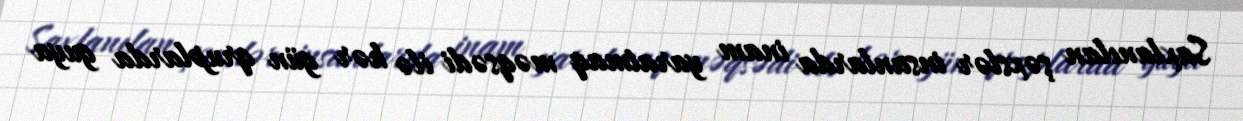
Saxlanılan şəxslər insanlarda inam yaratmaq məqsədi ilə hər gün qruplarda guya